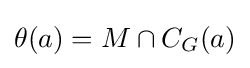
\theta (a)=M\cap C_{G}(a)